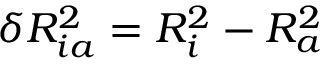
\delta R _ { i a } ^ { 2 } = R _ { i } ^ { 2 } - R _ { a } ^ { 2 }